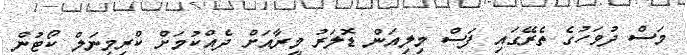
މަސް ދުވަހުގެ ތެރޭގައި ފަސް މިލިއަން ޑޮލަަރު މީރާއަށް ދެއްކުމަށް ކްރިމިނަލް ކޯޓުން